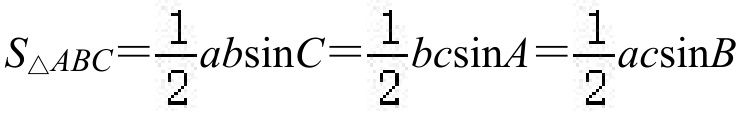
$S_{\triangle ABC}=\frac{1}{2}ab\sin C=\frac{1}{2}bc\sin A=\frac{1}{2}ac\sin B$